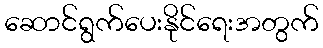
ဆောင်ရွက်ပေးနိုင်ရေးအတွက်